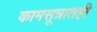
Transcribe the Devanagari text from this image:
कामसूत्रातही